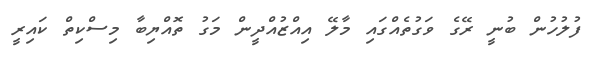
ފުލުހުން ބުނީ ރޭގެ ވަގުތެއްގައި މާލޭ އިއްޒުއްދީން މަގު ތޮއްޔިބާ މިސްކިތް ކައިރީ